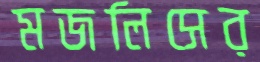
মজলিসের